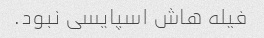
فیله هاش اسپایسی نبود.